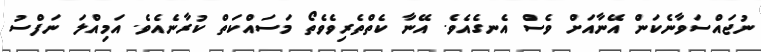
ނުޖައްސަވާނެކަން އޭނާއަށް ވެސް އެނގެއެވެ. އޭނާ ކެތްތެރިވެވެތޯ މަސައްކަތް ކުރާނެއެވެ. އަމިއްލަ ނަފްސު